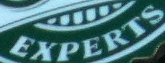
EXPERTS